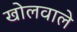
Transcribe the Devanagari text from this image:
खोलवाले